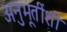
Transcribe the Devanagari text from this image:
अनुभूतींशी